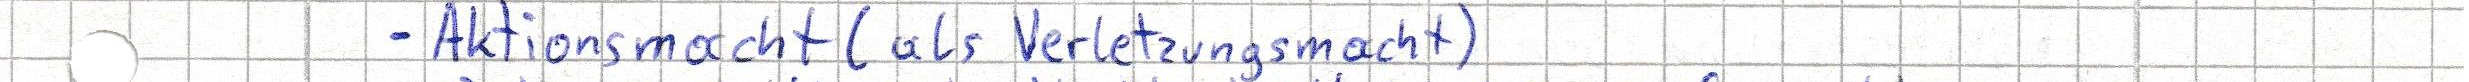
- Aktionsmacht (als Verletzungsmacht)